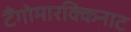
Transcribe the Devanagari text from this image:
टैंगोमारक्किनाट